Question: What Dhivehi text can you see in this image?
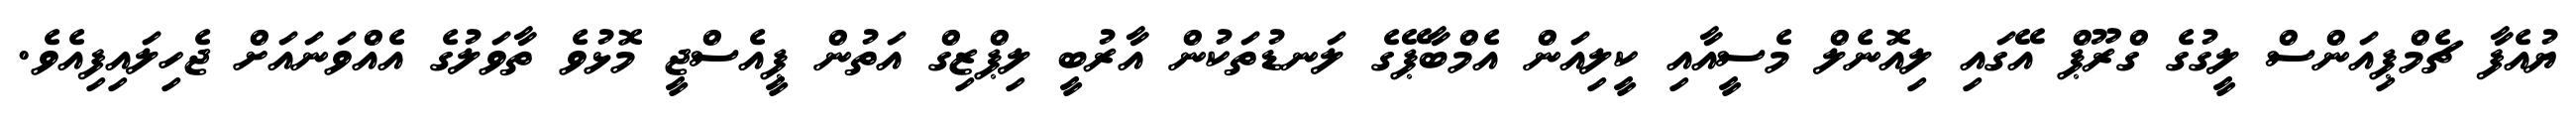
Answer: ޔުއެފާ ޗެމްޕިއަންސް ލީގުގެ ގްރޫޕް އޭގައި ލިއޮނެލް މެސީއާއި ކީލިއަން އެމްބާޕޭގެ ލަނޑުތަކުން އާރުބީ ލިޕްޒިގް އަތުން ޕީއެސްޖީ މޮޅުވެ ތާވަލުގެ އެއްވަނައަށް ޖެހިލައިފިއެވެ.